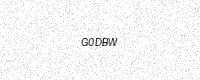
Text: G0DBW